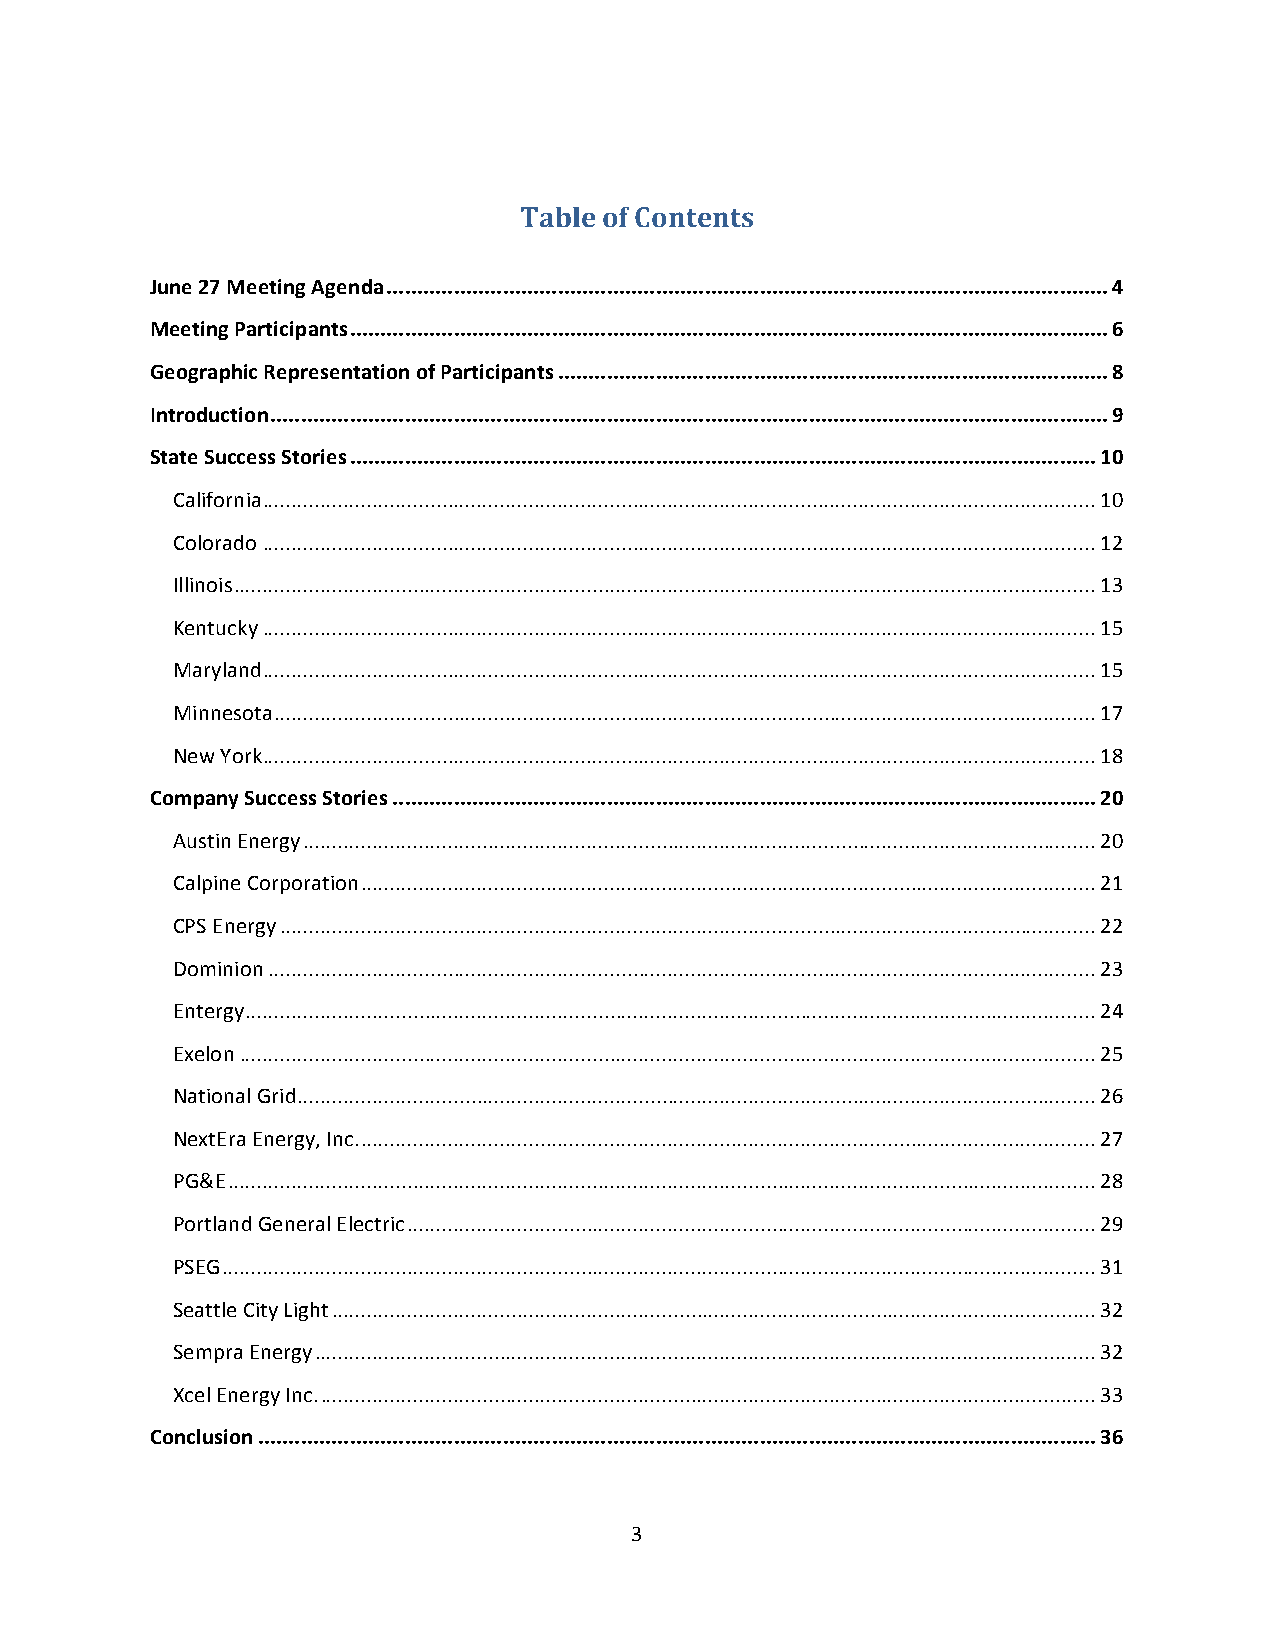
Table of Contents
 June 27 Meeting Agenda ...................................................................................................................... 4
 Meeting Participants ............................................................................................................................ 6
 Geographic Representation of Participants .......................................................................................... 8
 Introduction ......................................................................................................................................... 9
 State Success Stories .......................................................................................................................... 10
 California ................................................................................................................................................ 10
 Colorado ................................................................................................................................................ 12
 Illinois ..................................................................................................................................................... 13
 Kentucky ................................................................................................................................................ 15
 Maryland ................................................................................................................................................ 15
 Minnesota .............................................................................................................................................. 17
 New York ................................................................................................................................................ 18
 Company Success Stories ................................................................................................................... 20
 Austin Energy ......................................................................................................................................... 20
 Calpine Corporation ............................................................................................................................... 21
 CPS Energy ............................................................................................................................................. 22
 Dominion ............................................................................................................................................... 23
 Entergy ................................................................................................................................................... 24
 Exelon .................................................................................................................................................... 25
 National Grid .......................................................................................................................................... 26
 NextEra Energy, Inc. ............................................................................................................................... 27
 PG&E ...................................................................................................................................................... 28
 Portland General Electric ....................................................................................................................... 29
 PSEG ....................................................................................................................................................... 31
 Seattle City Light .................................................................................................................................... 32
 Sempra Energy ....................................................................................................................................... 32
 Xcel Energy Inc. ...................................................................................................................................... 33
 Conclusion ......................................................................................................................................... 36
 3